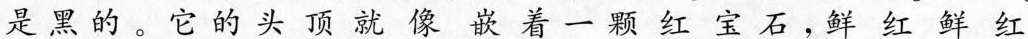
是黑的。它的头顶就像嵌着一颗红宝石，鲜红鲜红